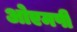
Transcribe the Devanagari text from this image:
ओएमपी